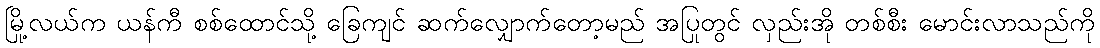
မြို့လယ်က ယန်ကီ စစ်ထောင်သို့ ခြေကျင် ဆက်လျှောက်တော့မည် အပြုတွင် လှည်းအို တစ်စီး မောင်းလာသည်ကို